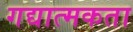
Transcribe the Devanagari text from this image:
गद्यात्मकता